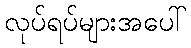
လုပ်ရပ်များအပေါ်